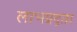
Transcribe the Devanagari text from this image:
लाभप्रद्ता